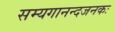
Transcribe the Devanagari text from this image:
सम्यगानन्दजनकः